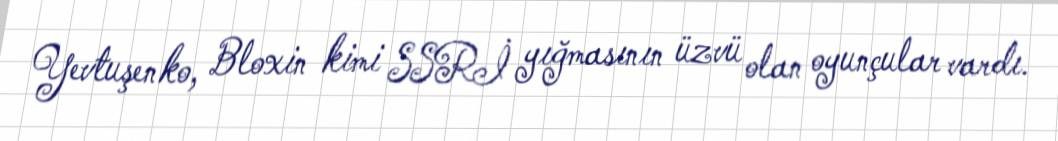
Yevtuşenko, Bloxin kimi SSRİ yığmasının üzvü olan oyunçular vardı.